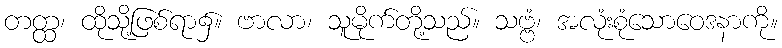
တတ္ထ၊ ထိုသို့ဖြစ်ရာ၌။ ဗာလာ၊ သူမိုက်တို့သည်။ သဗ္ဗံ၊ အလုံးစုံသောဝေဒနာကို။